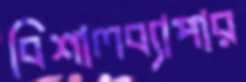
বিশালব্যাপার